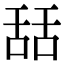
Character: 𦧚